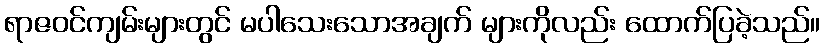
ရာဇဝင်ကျမ်းများတွင် မပါသေးသောအချက် များကိုလည်း ထောက်ပြခဲ့သည်။